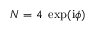
N = 4 ~ \exp ( \mathrm { i } \phi )